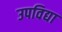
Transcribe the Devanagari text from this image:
उपविद्या